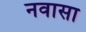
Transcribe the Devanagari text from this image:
नवासा